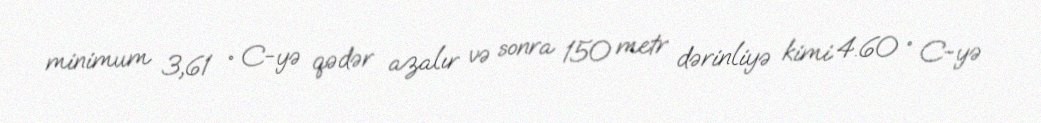
minimum 3,61 ° C-yə qədər azalır və sonra 150 metr dərinliyə kimi 4.60 ° C-yə